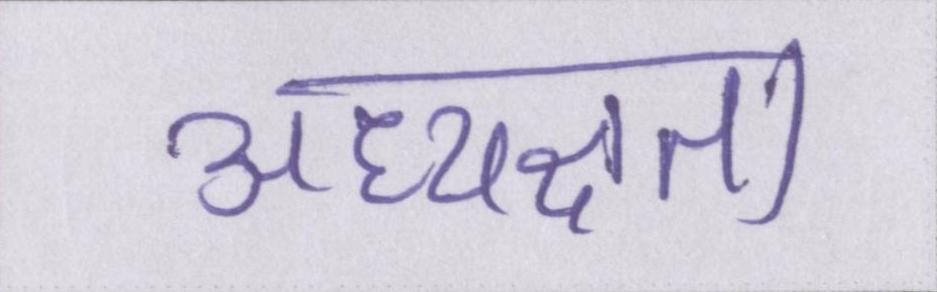
अध्यक्षता